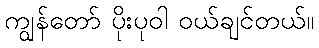
ကျွန်တော် ပိုးပုဝါ ဝယ်ချင်တယ်။